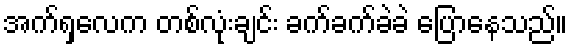
အက်ရှလေက တစ်လုံးချင်း ခက်ခက်ခဲခဲ ပြောနေသည်။